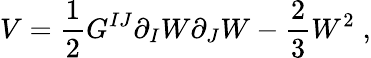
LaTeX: V=\frac{1}{2}G^{IJ}\partial_{I}W\partial_{J}W-\frac{2}{3}W^{2}\; ,